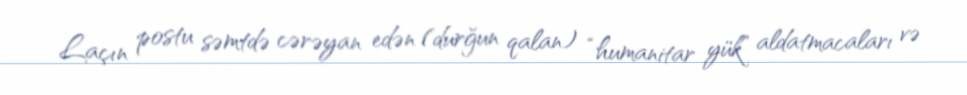
Laçın postu səmtdə cərəyan edən (durğun qalan) “humanitar yük” aldatmacaları və